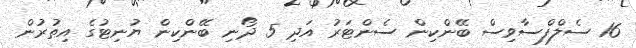
16 ސެލްފްސާވިސް ބޭންކިން ސެންޓަރު އަދި 5 ދޯނި ބޭންކިން ޔުނިޓުގެ އިތުރުން